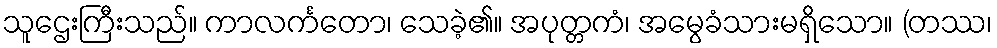
သူဌေးကြီးသည်။ ကာလင်္ကတော၊ သေခဲ့၏။ အပုတ္တကံ၊ အမွေခံသားမရှိသော။ (တဿ၊